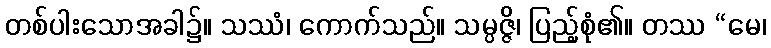
တစ်ပါးသောအခါ၌။ သဿံ၊ ကောက်သည်။ သမ္ပဇ္ဇိ၊ ပြည့်စုံ၏။ တဿ “မေ၊